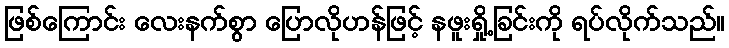
ဖြစ်ကြောင်း လေးနက်စွာ ပြောလိုဟန်ဖြင့် နဖူးရှို့ခြင်းကို ရပ်လိုက်သည်။